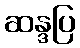
ဆန္ဒပြ